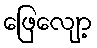
ဖြေလျော့